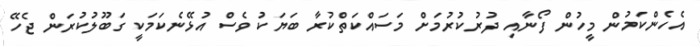
އެހެންކަމުން މީހުން ފޯނާއި ދުރުކުރުމަށް މަސައްކަތްކުރާ ބަޔަކު ވެސް އުޅޭނެކަމަކީ ގަބޫލުކުރަން ޖެހޭ